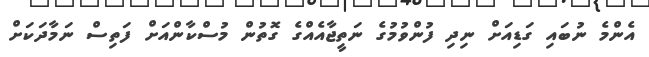
އެންމެ ނުބައި ގަޑިއަށް ނިދި ފުންވުމުގެ ނަތީޖާއެއްގެ ގޮތުން މުސްކާންއަށް ފަތިސް ނަމާދަކަށް